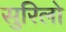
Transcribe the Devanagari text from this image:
सुरिलो